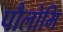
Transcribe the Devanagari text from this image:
पौलोमि